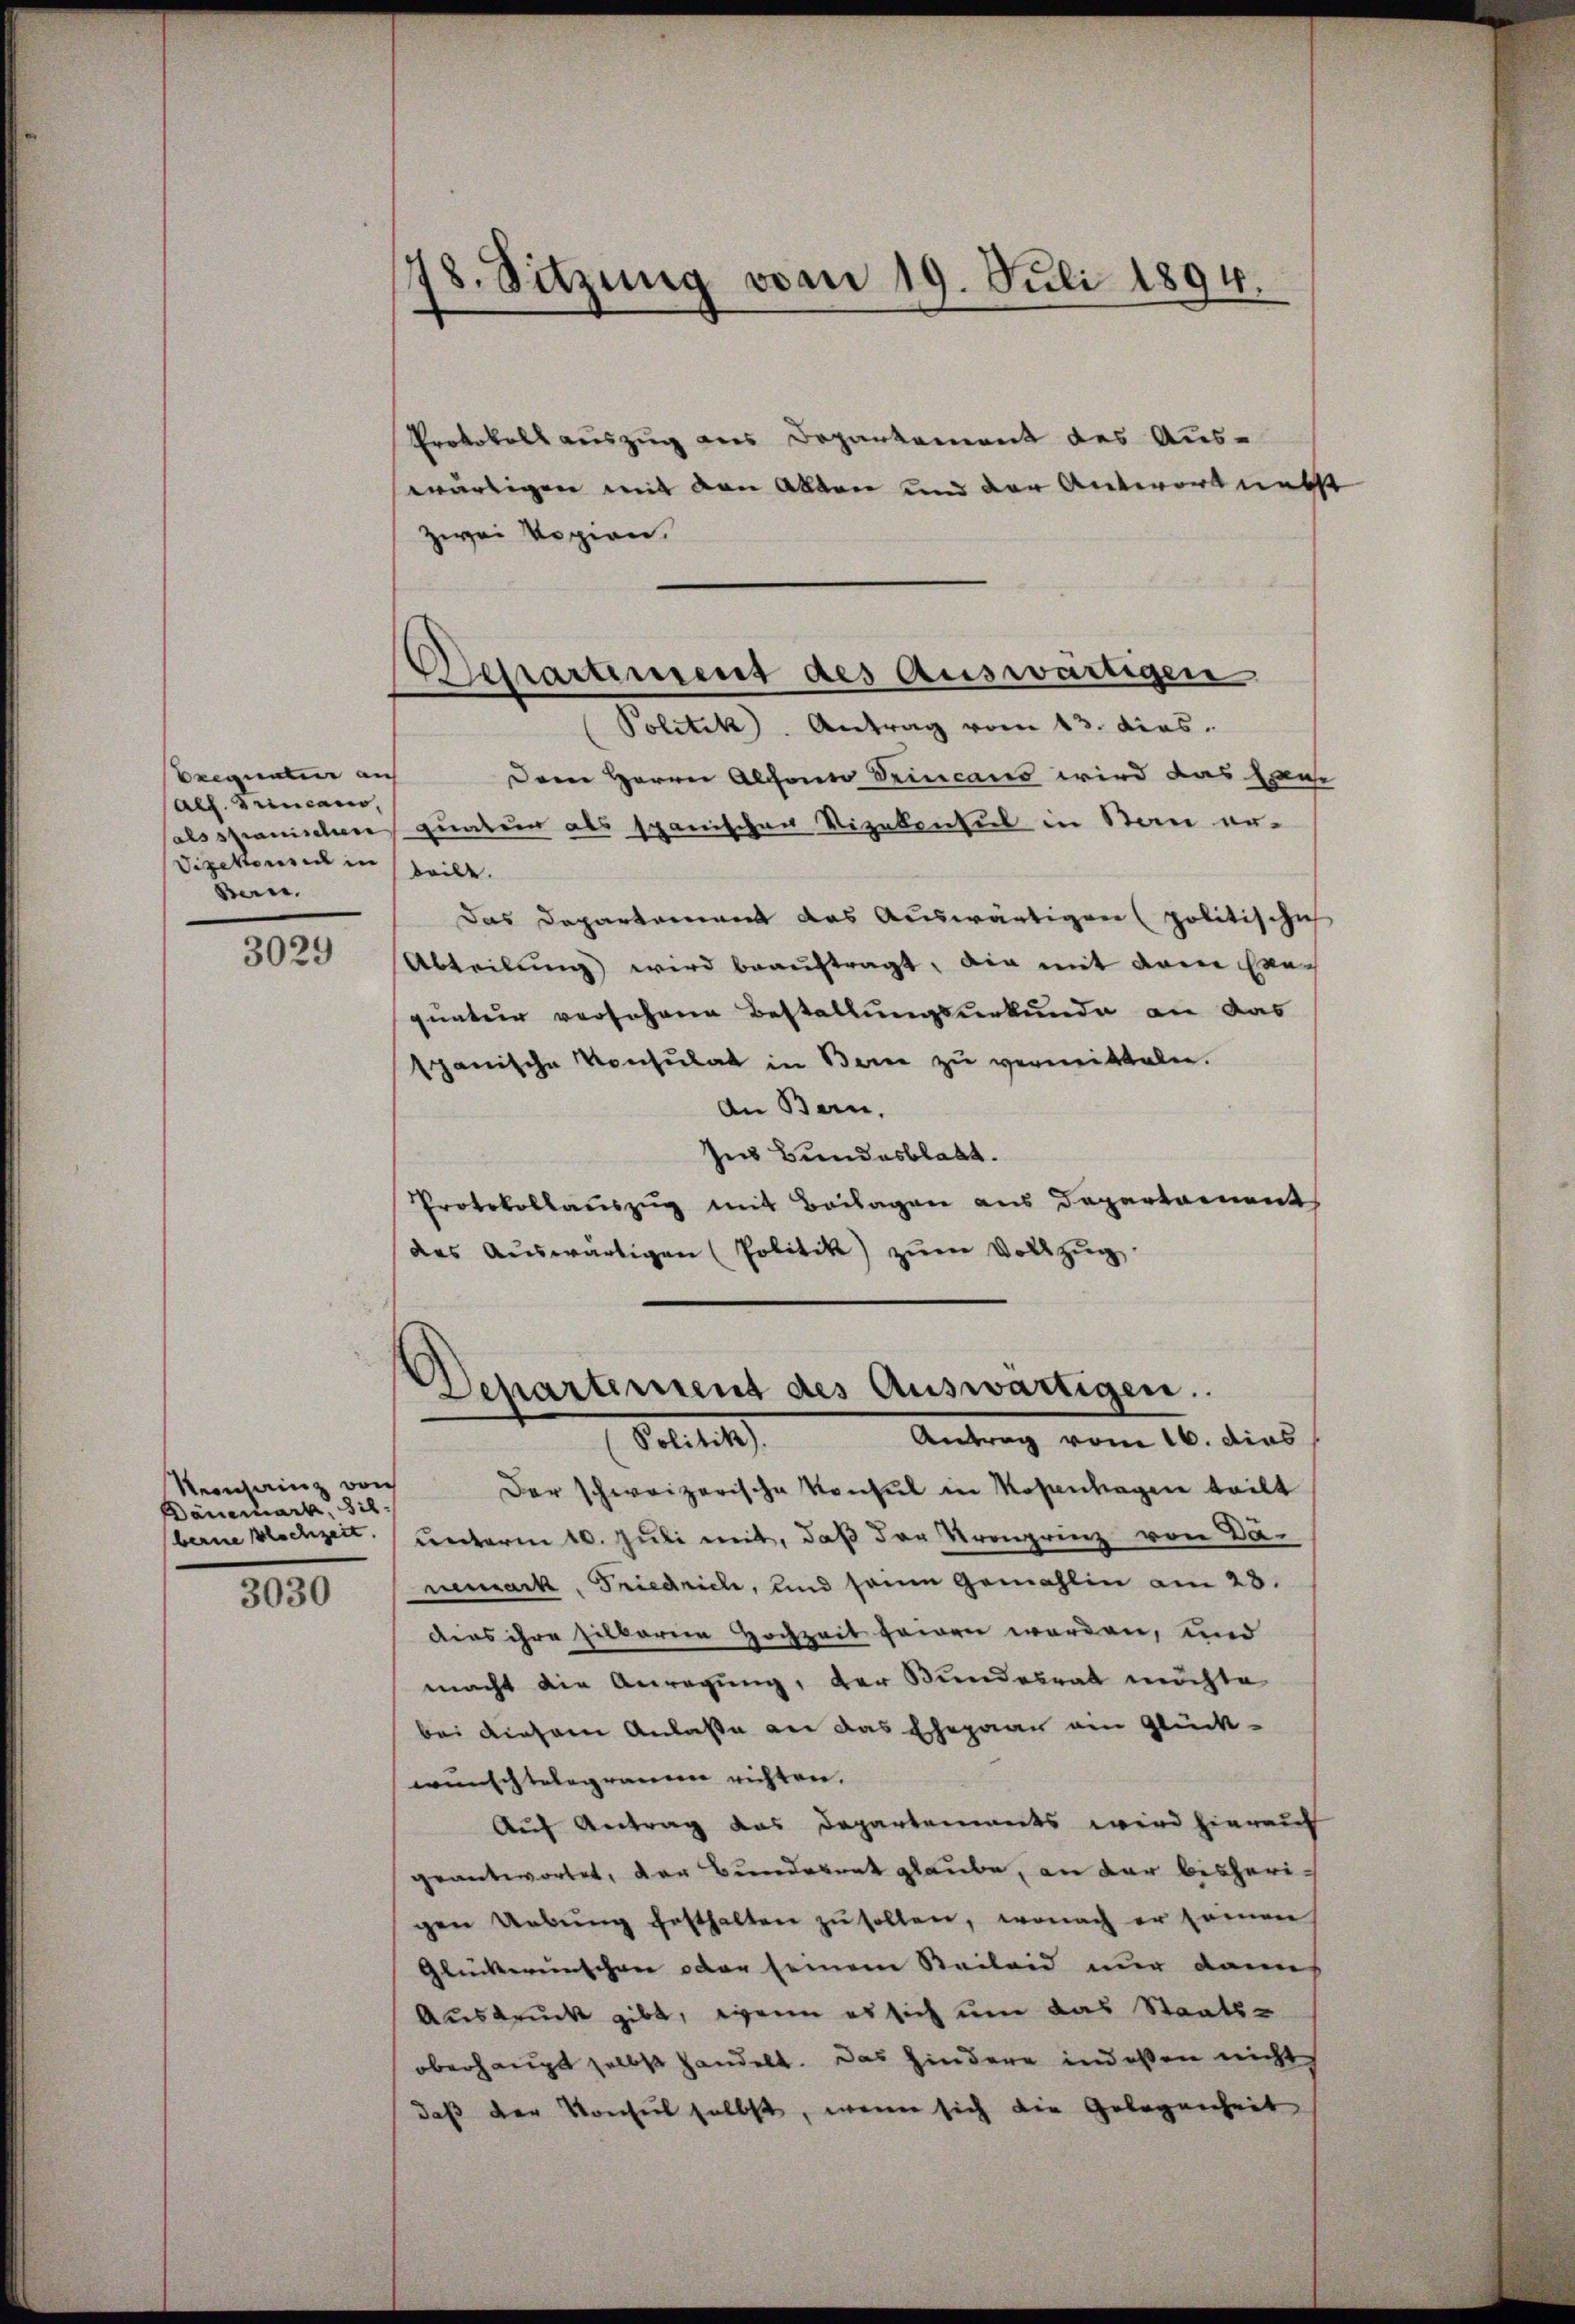
Exequaten auf
all. Trincano,
als spanischen
Vizekonsul in
Bern.
3029

Veranz von
Dauermark, 318.
berne Blechzeit.

3030

78. Sitzung vom 19. Juli 1894.

Aerartiment des Auswärtigen

Protokoll auszug aus Departement des Auswärtigen mit den Allen und der Antwort necht
zwei Vopien.
Politik. Antrag vom 13. dies
Dem Herrn Alphonio Seincans wird das Hau
gunter als spanischen Vizekonsul in San an-
teilt.
Das Departement das Auswärtigen (politischich
Abteilung wird beauftragt, die mit dem Exe-
quatur versehenen Bestellungsurkunde an das
spanische Konsulat in Berne zu vermitteln.
An Bern.
Ins Bundesblatt.
Protokollauszug mit Beilagen aus Departaments
des Aŭswärtigen (Politik) zŭm Vollzŭg

Dchartement des Auswärtigen.
Antrag vom 16. dies
Solitik

Der schweizerische Konsul in Rosantragen teilt
unterm 10. Juli mit, daß der Kronprinz von Dänemack, Friedrich, und seine gemahlin am 23.
dius ihre silbaren Hochzeit gewen werden, und
macht die Anregung, der Bundesrath möchte
bei dieser Anlaße an das Ehepaar ein Glück-
wünschtelegramm richten.
Auf Antrag das Departements wird hierauf
geantwortet, das Bunderent glaube, an dar bisherigen Uebŭng festhalten zŭ sollen, wonach er seinen
Glückereinschwer oder seinem Beileid nur dann
Ausdruck gibt, wenn es sich um das Staats-
oberhaupt selbst handelt. Das hindere indeßen nicht
daß der Konseil selbst, wenn sich die Gelegenheit